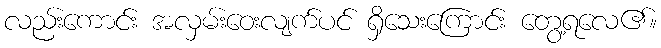
လည်းကောင်း အလှမ်းဝေးလျက်ပင် ရှိသေးကြောင်း တွေ့ရလေ၏။